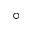
^ \circ